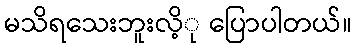
မသိရသေးဘူးလိ့ု ပြောပါတယ်။